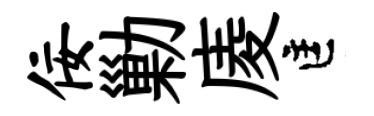
佞勦庱匡